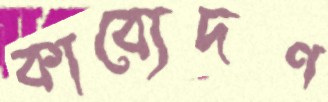
কাব্যেদণ